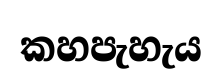
කහපැහැය